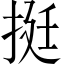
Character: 挺